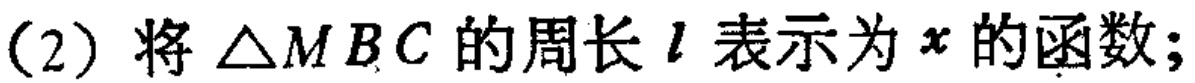
(2) 将$\triangle MBC$的周长$l$表示为$x$的函数；